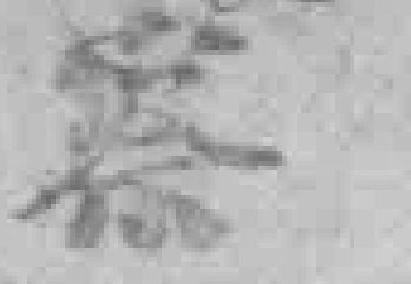
察